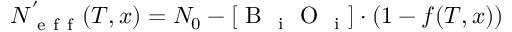
N _ { \mathrm { ~ e ~ f ~ f ~ } } ^ { ' } ( T , x ) = N _ { 0 } - [ \mathrm { ~ B ~ } _ { \mathrm { ~ i ~ } } \mathrm { ~ O ~ } _ { \mathrm { ~ i ~ } } ] \cdot ( 1 - f ( T , x ) )